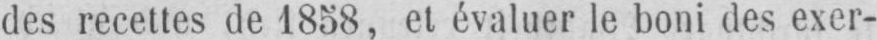
des recettes de 1858, et évaluer le boni des exer-